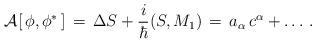
LaTeX: \begin{align*}{\cal A }[\,\phi, \phi^\ast \,]\, = \, \Delta S + { i \over \hbar}( S , M_1 ) \,=\,a_\alpha\,c^\alpha+\dots\,.\end{align*}